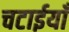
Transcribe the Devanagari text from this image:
चटाईयाँ